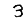
Digit: 3